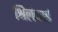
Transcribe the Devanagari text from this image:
श्रिलंकाई